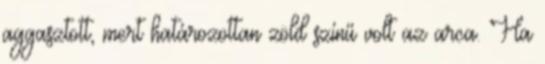
aggasztott, mert határozottan zöld színű volt az arca. Ha